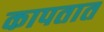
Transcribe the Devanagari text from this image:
कापतात